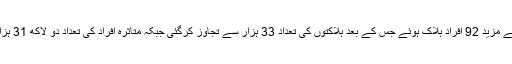
اٹلی میں کورونا وبا سے مزید 92 افراد ہلاک ہوئے جس کے بعد ہلاکتوں کی تعداد 33 ہزار سے تجاوز کرگئی جبکہ متاثرہ افراد کی تعداد دو لاکھ 31 ہزار سے تجاوز کرگئی ۔